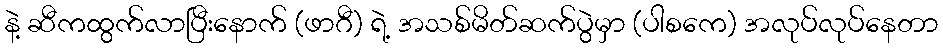
နဲ့ ဆီကထွက်လာပြီးနောက် (ဖာဂီ) ရဲ့ အသစ်မိတ်ဆက်ပွဲမှာ (ပါစကေ) အလုပ်လုပ်နေတာ